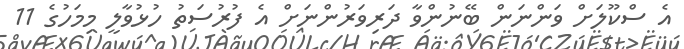
އެ ސްކޫލަށް ވަންނަން ބޭނުންވާ ދަރިވަރުންނަށް އެ ފުރުސަތު ހުޅުވާލީ މިމަހުގެ 11